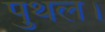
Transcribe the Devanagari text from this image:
पुथल।